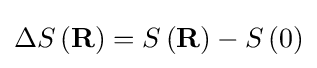
\Delta S\left(\mathbf {R} \right)=S\left(\mathbf {R} \right)-S\left(0\right)